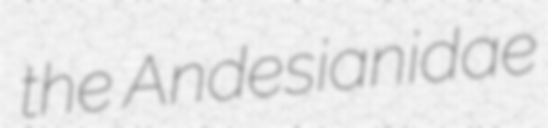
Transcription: the Andesianidae